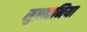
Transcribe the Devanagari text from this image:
सुब्रह्मनिया